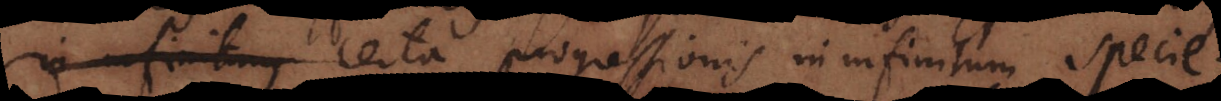
infinitum certa progressionis in infinitum specie.